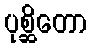
ပုစ္ဆိတော